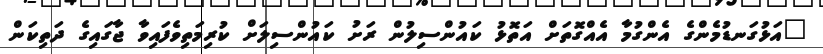
"އަޅުގަނޑުމެންގެ އެންގުމާ އެއްގޮތަށް އަތޮޅު ކައުންސިލުން ރަށު ކައުންސިލަށް ކުރިމަތިވެފައިވާ ޖާގައިގެ ދަތިކަން